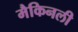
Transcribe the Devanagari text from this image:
मैकिनली